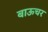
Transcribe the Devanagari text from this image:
बाऊचर